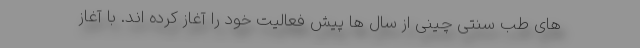
های طب سنتی چینی از سال ها پیش فعالیت خود را آغاز کرده اند. با آغاز